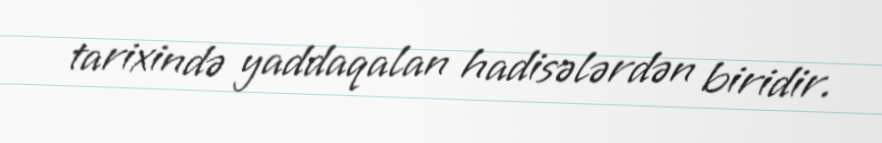
tarixində yaddaqalan hadisələrdən biridir.